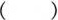
()